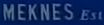
MEKNESEst